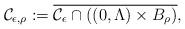
LaTeX: \begin{align*}\mathcal{C}_{\epsilon, \rho} := \overline{\mathcal{C}_\epsilon \cap ((0, \Lambda) \times B_\rho)},\end{align*}